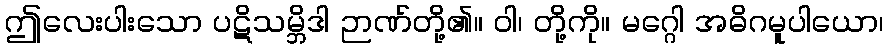
ဤလေးပါးသော ပဋိသမ္ဘိဒါ ဉာဏ်တို့၏။ ဝါ၊ တို့ကို။ မဂ္ဂေါ အဓိဂမူပါယော၊